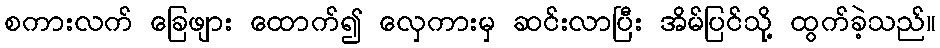
စကားလက် ခြေဖျား ထောက်၍ လှေကားမှ ဆင်းလာပြီး အိမ်ပြင်သို့ ထွက်ခဲ့သည်။